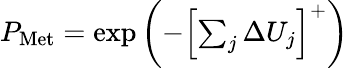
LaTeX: \begin{array}{r}{P_{\mathrm{Met}}=\exp\left(-\left[\sum_{j}\Delta U_{j}\right]^{+}\right)}\end{array}